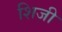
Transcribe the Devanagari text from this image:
शिजी